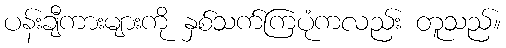
ပန်းချီကားများကို နှစ်သက်ကြပုံကလည်း တူသည်။